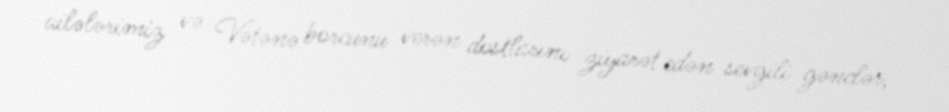
ailələrimiz və Vətənə borcunu verən dostlarını ziyarət edən sevgili gənclər,